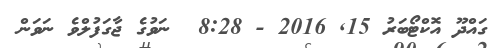
ގައްދޫ އޮކްޓޯބަރު 15